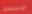
المسيحيون